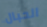
الحبال